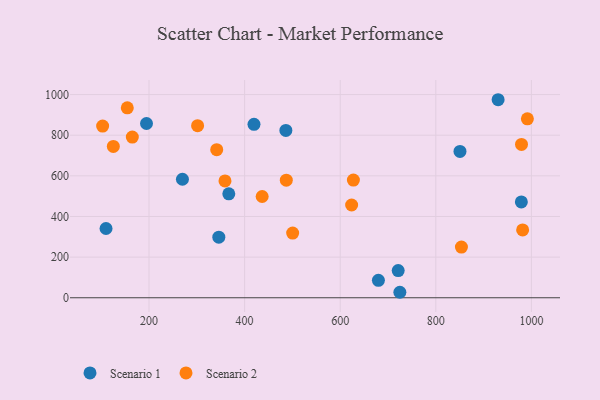
{"axis": {"x": "Price", "y": "Salary"}, "legend": ["Scenario 1", "Scenario 2"], "data": [{"x": "850.6", "y": 720.4, "type": "Scenario 1"}, {"x": "269.9", "y": 583.3, "type": "Scenario 1"}, {"x": "930.4", "y": 974.6, "type": "Scenario 1"}, {"x": "419.6", "y": 853.3, "type": "Scenario 1"}, {"x": "724.8", "y": 27.0, "type": "Scenario 1"}, {"x": "721.3", "y": 133.9, "type": "Scenario 1"}, {"x": "346.0", "y": 298.1, "type": "Scenario 1"}, {"x": "679.9", "y": 85.7, "type": "Scenario 1"}, {"x": "194.7", "y": 857.5, "type": "Scenario 1"}, {"x": "366.9", "y": 511.5, "type": "Scenario 1"}, {"x": "110.0", "y": 340.9, "type": "Scenario 1"}, {"x": "486.3", "y": 823.6, "type": "Scenario 1"}, {"x": "979.0", "y": 471.8, "type": "Scenario 1"}, {"x": "991.6", "y": 880.7, "type": "Scenario 2"}, {"x": "487.2", "y": 578.5, "type": "Scenario 2"}, {"x": "341.6", "y": 728.9, "type": "Scenario 2"}, {"x": "500.5", "y": 318.3, "type": "Scenario 2"}, {"x": "436.7", "y": 498.3, "type": "Scenario 2"}, {"x": "853.6", "y": 249.4, "type": "Scenario 2"}, {"x": "979.3", "y": 754.8, "type": "Scenario 2"}, {"x": "125.3", "y": 744.9, "type": "Scenario 2"}, {"x": "623.9", "y": 456.5, "type": "Scenario 2"}, {"x": "981.7", "y": 333.8, "type": "Scenario 2"}, {"x": "165.0", "y": 790.6, "type": "Scenario 2"}, {"x": "627.6", "y": 579.2, "type": "Scenario 2"}, {"x": "102.9", "y": 845.1, "type": "Scenario 2"}, {"x": "358.9", "y": 575.2, "type": "Scenario 2"}, {"x": "301.6", "y": 846.7, "type": "Scenario 2"}, {"x": "154.5", "y": 934.8, "type": "Scenario 2"}]}